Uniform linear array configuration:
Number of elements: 4
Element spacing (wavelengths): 1
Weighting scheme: kaiser
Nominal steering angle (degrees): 60
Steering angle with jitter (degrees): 60.881
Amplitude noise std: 0.05
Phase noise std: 0.05

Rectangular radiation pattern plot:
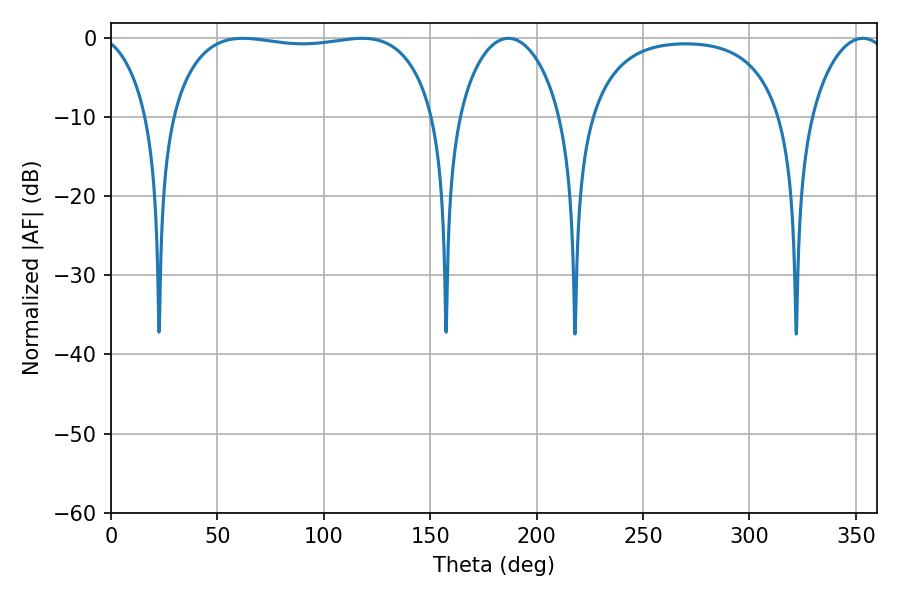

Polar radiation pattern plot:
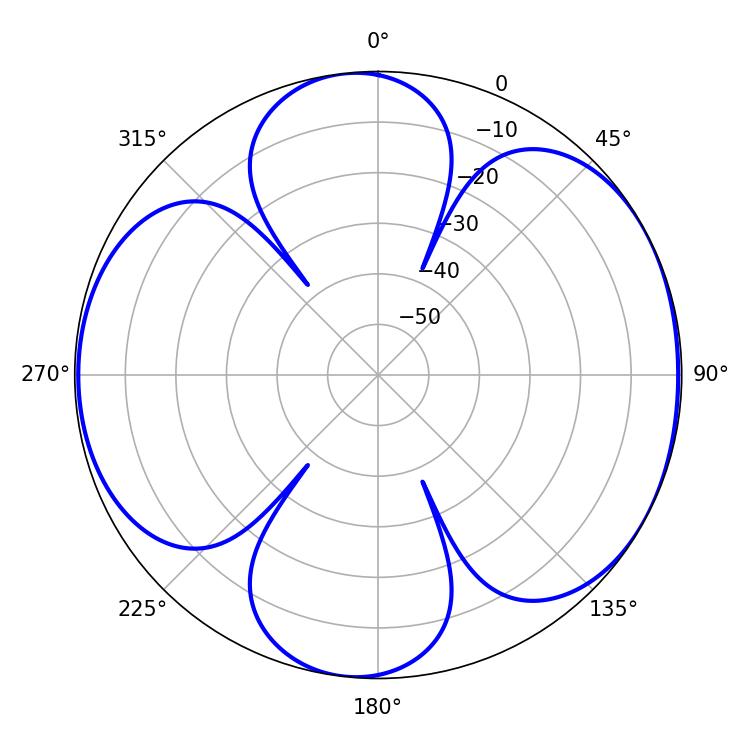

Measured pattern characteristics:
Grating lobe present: TRUE
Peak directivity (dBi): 6.323
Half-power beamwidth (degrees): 99.36
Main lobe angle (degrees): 61.92